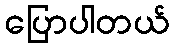
ပြောပါတယ်